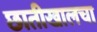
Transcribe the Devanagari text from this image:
छातीखालचा